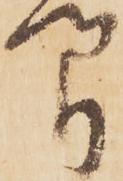
間